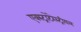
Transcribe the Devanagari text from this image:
एक्स्ट्राटेरेस्ट्रीयल